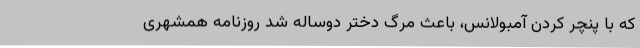
که با پنچر کردن آمبولانس، باعث مرگ دختر دوساله شد روزنامه همشهری